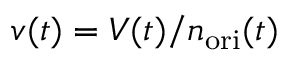
v ( t ) = V ( t ) / n _ { \mathrm { o r i } } ( t )